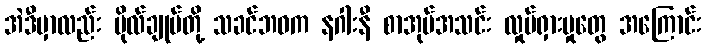
အဲဒီမှာလည်း ဗိုလ်ချုပ်တို့ သခင်ဘဝက နဂါးနီ စာအုပ်အသင်း လှုပ်ရှားမှုတွေ အကြောင်း